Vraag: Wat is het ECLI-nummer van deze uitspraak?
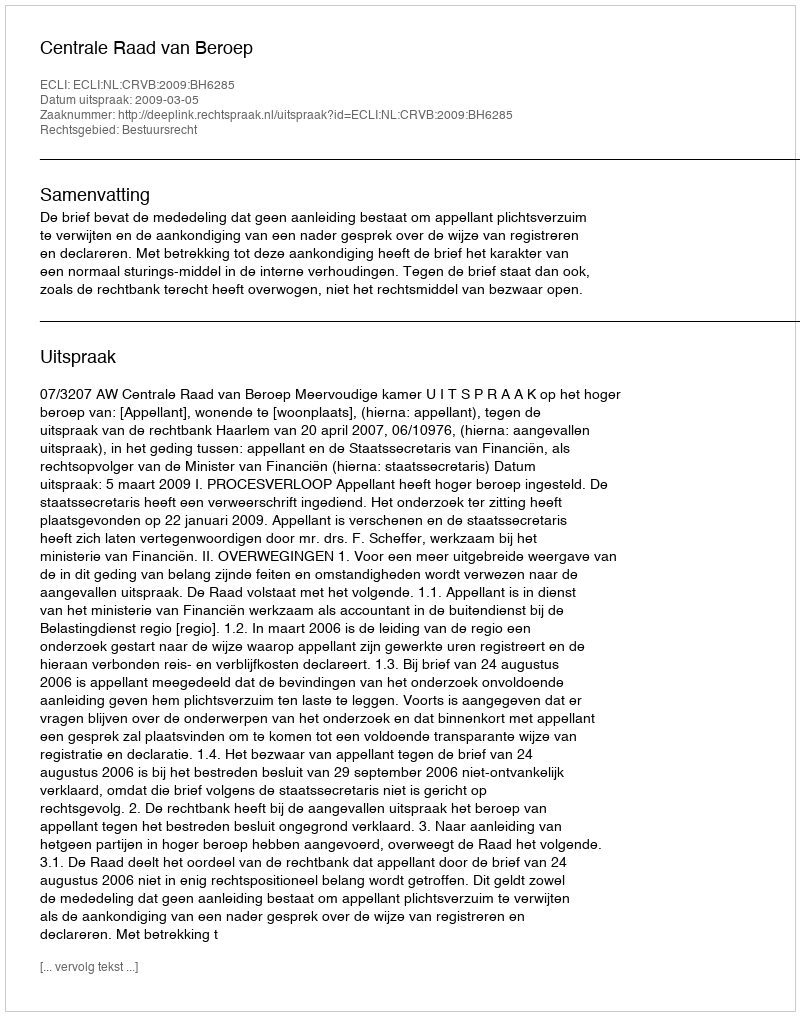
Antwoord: ECLI:NL:CRVB:2009:BH6285